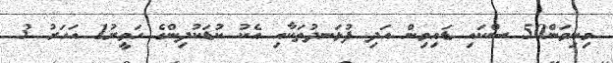
މިނިވަން50 ސްކައި ޑައިވިން އަދި ފުޅަނދުތަކާއި އެކު ކުޑަކުދިންގެ ހަވީީރު1 އަހަރު 3